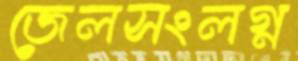
জেলসংলগ্ন